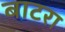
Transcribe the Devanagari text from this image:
बाटरा